Indian journal of veterinary science and animal husbandry - Volumes 15-17, 1948-1951
Year: 1948
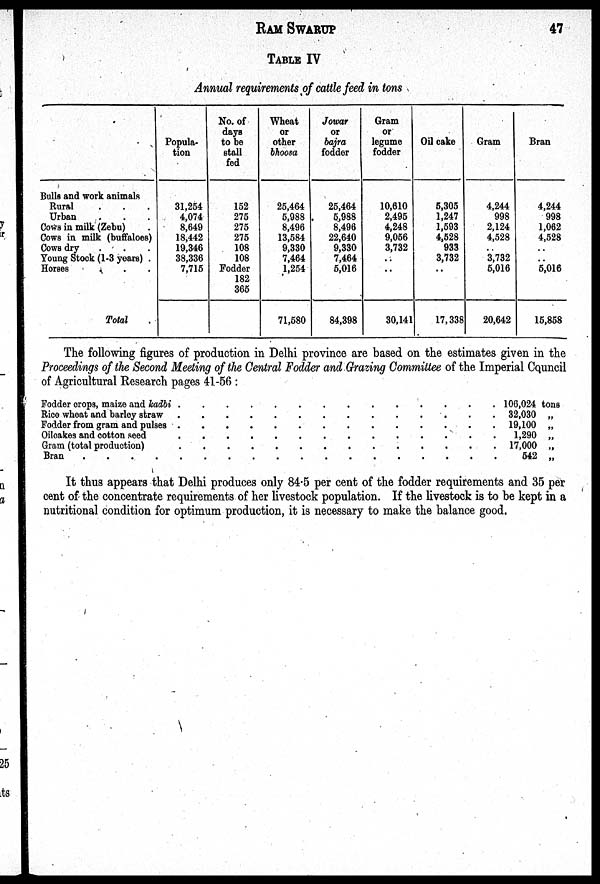
RAM SWARUP 47
TABLE IV
Annual requirements of cattle feed in tons
Bulls and work animals
Rural . . .
Urban . . .
Cows in milk (Zebu) .
Cows in milk (buffaloes)
Cows dry . . .
Young Stock (1.3 years) .
Horses . . .
Total
Popula
tion
31,254
4,074
8,649
18,442
19,346
38,336
7,715
No. of
days
to be
stall
fed
152
275
275
275
108
108
Fodder
182
365
Wheat
or
other
bhoosa
25,464
5,988
8,496
13,584
9,330
7,464
1,254
71,580
Jowar
or
bajra
fodder
25,464
5,988
8,496
22,640
9,330
7,464
5,016
84,398
Gram
or
legume
fodder
10,610
2,495
4,248
9,056
3,732
..
..
30,141
Oil cake
5,305
1,247
1,593
4,528
933
3,732
..
17,338
Gram
4,244
998
2,124
4,528
3,732
5,016
20,642
Bran
4,244
998
1,062
4,528
..
..
5,016
15,858
The following figures of production in Delhi province are based on the estimates given in the
Proceedings of the Second Meeting of the Central Fodder and Grazing Committee of the Imperial Counc
of Agricultural Research pages 41-56:
Fodder crops, maize and kadbi . . . . . . . . . . . . . . .
Rice wheat and barley straw . . . . . . . . . . . . . . .
Fodder from gram and pulses . . . . . . . . . . . . . . .
Oilcakes and cotton seed . . . . . . . . . . . . . . .
Gram (total production) . . . . . . . . . . . . . . .
Bran . . . . . . . . . . . . . . . . . .
106,024 tons
32,030 „
19,100 „
1,290 „
17,000 „
542 „
It thus appears that Delhi produces only 84.5 per cent of the fodder requirements and 35 per
cent of the concentrate requirements of her livestock population. If the livestock is to be kept in a
nutritional condition for optimum production, it is necessary to make the balance good.